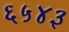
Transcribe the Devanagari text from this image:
६५४३